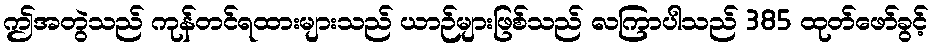
ဤအတွဲသည် ကုန်တင်ရထားများသည် ယာဉ်များဖြစ်သည် လကြာပါသည် 385 ထုတ်ဖော်ခွင့်